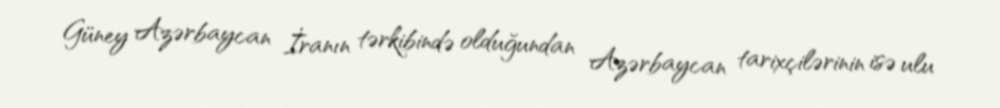
Güney Azərbaycan İranın tərkibində olduğundan Azərbaycan tarixçilərinin isə ulu